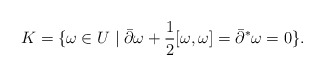
\begin{align*}K=\{\omega\in U\mid \bar\partial\omega+\dfrac{1}{2}[\omega,\omega]=\bar\partial^*\omega=0\}.\end{align*}